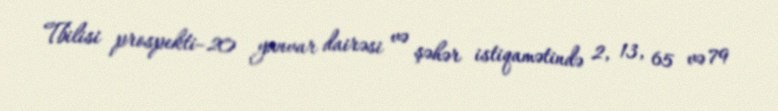
Tbilisi prospekti–20 yanvar dairəsi və şəhər istiqamətində 2, 13, 65 və 79